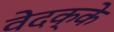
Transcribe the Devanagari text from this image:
वेदक्के